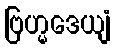
ဗြဟ္မဒေယျံ